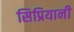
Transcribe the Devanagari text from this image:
सिप्रियानी